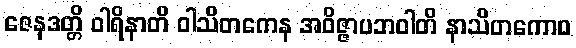
ဇေနဒတ္တိ ဝါရိနာတိ ဝါသိတကေန အဝိဇ္ဇာပဘဝါတိ နာသိတကောဝ